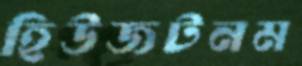
হিউজটনম